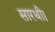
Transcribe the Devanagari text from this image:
सारथी।